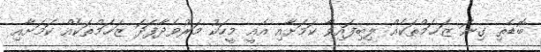
ބޮޑެތި ގިނަ ޒަޚަމްތަކެއް ލިބިފައިވާ ކަމަށާއި އެއީ މީހަކު މަރުވެދާފަދަ ޒަޚަމްތަކެއް ކަމަށާއި